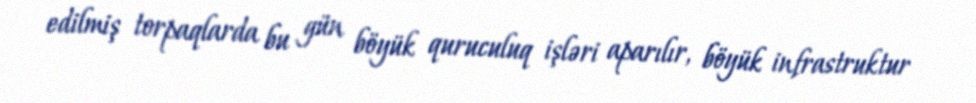
edilmiş torpaqlarda bu gün böyük quruculuq işləri aparılır, böyük infrastruktur